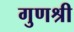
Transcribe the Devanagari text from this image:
गुणश्री